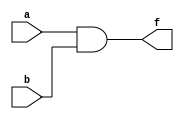
//Nikhil G. Khatu
//HW #2

// 2-input AND
module AND2 (a, b, f);
	input a;
	input b;
	output f;

        // Dataflow verilog style.
	assign f = (a & b);
endmodule

// 2-input OR
module OR2 (a, b, f);
	input a;
	input b;
	output f;

        // Dataflow verilog style.
	assign f = (a | b);
endmodule

// 2-input NAND
module NAND2 (a, b, f);
	input a;
	input b;
	output f;

        // Dataflow verilog style.
	assign f = ~(a & b);
endmodule

// 2-input NOR
module NOR2 (a, b, f);
	input a;
	input b;
	output f;

        // Dataflow verilog style.
	assign f = ~(a | b);
endmodule

// inverter (NOT gate)
module INV (a, f);
	input a;
	output f;

        // Dataflow verilog style.
	assign f = ~a;
endmodule

// 3-input NOR
module NOR3 (a, b, c, f);
	input a;
	input b;
	input c;
	output f;
	
	//Dataflow verilog style.
	assign f = ~(a | b | c);
endmodule

// 3-input NAND
module NAND3 (a, b, c, f);
	input a;
	input b;
	input c;
	output f;
	
	//Dataflow verilog style.
	assign f = ~(a & b & c);
endmodule

// 3-input OR
module OR3 (a, b, c, f);
	input a;
	input b;
	input c;
	output f;
	
	//Dataflow verilog style.
	assign f = (a | b | c);
endmodule

// 3-input AND
module AND3 (a, b, c, f);
	input a;
	input b;
	input c;
	output f;
	
	//Dataflow verilog style.
	assign f = (a & b & c);
endmodule

// 4-input OR
module OR4 (a, b, c, d, f);
	input a;
	input b;
	input c;
	input d;
	output f;
	
	//Dataflow verilog style.
	assign f = (a | b | c | d);
endmodule

// 4-input AND
module AND4 (a, b, c, d, f);
	input a;
	input b;
	input c;
	input d;
	output f;
	
	//Dataflow verilog style.
	assign f = (a & b & c & d);
endmodule